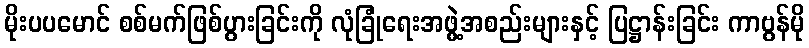
မိုးပပမောင် စစ်မက်ဖြစ်ပွားခြင်းကို လုံခြုံရေးအဖွဲ့အစည်းများနှင့် ပြဋ္ဌာန်းခြင်း ကာဗွန်မို